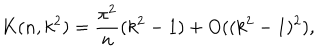
K ( n , k ^ { 2 } ) = \frac { \pi ^ { 2 } } { n } ( k ^ { 2 } - 1 ) + O ( ( k ^ { 2 } - 1 ) ^ { 2 } ) ,